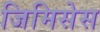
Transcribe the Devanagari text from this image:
जिमिसेस